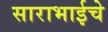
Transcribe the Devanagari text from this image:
साराभाईचे